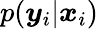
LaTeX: p(\boldsymbol{y}_{i}|\boldsymbol{x}_{i})